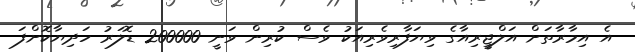
އެ އިމާރާތަށް އަލްޖީރިއާގެ ވިޔަފާރިވެރިއަކު ވެސް ކުރިން ވަނީ 200000 ޑޮލަރު ހަދިޔާކޮށްފަ